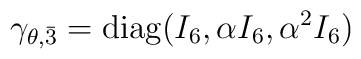
\gamma_{\theta,\bar{3}}={\rm diag}(I_6,\alpha I_6,\alpha^2 I_6)